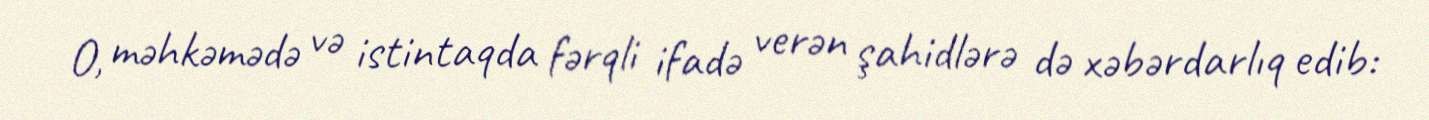
O, məhkəmədə və istintaqda fərqli ifadə verən şahidlərə də xəbərdarlıq edib: